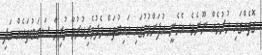
ގޮތެއްގައި ހުރުމެއް ނޫނެވެ. އެހެނީ އުފަންވުމުގައި ޢައިބުތައް މެދުވެރިކުރުވާ ހުރިހާ ސަބަބުތަކެއް އަދި